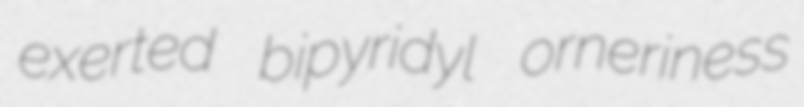
exerted bipyridyl orneriness